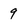
Character: 9